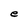
Character: e